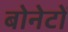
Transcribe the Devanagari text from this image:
बोनेटों